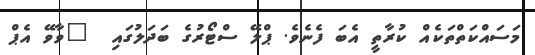
މަސައްކަތްތަކެއް ކުރާތީ އެބަ ފެނެވެ. ޕްލޭ ސްޓޯރުގެ ބަދަލުގައި  "ވާވޭ އެޕް